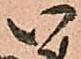
い